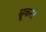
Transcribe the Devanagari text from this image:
स्नूकर।